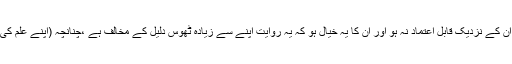
دوسرا سبب:حدیث کا علم مجتہد کو ہولیکن راوی ِحدیث ان کے نزدیک قابل اعتماد نہ ہو اور ان کا یہ خیال ہو کہ یہ روایت اپنے سے زیادہ ٹھوس دلیل کے مخالف ہے ،چنانچہ (اپنے علم کی بنیاد پر) اسے قوی ترین دلیل سمجھ کر اسی کا قائل ہو۔